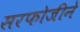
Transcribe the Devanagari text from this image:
सरफोजीने